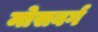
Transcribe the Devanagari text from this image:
मोसबर्ग